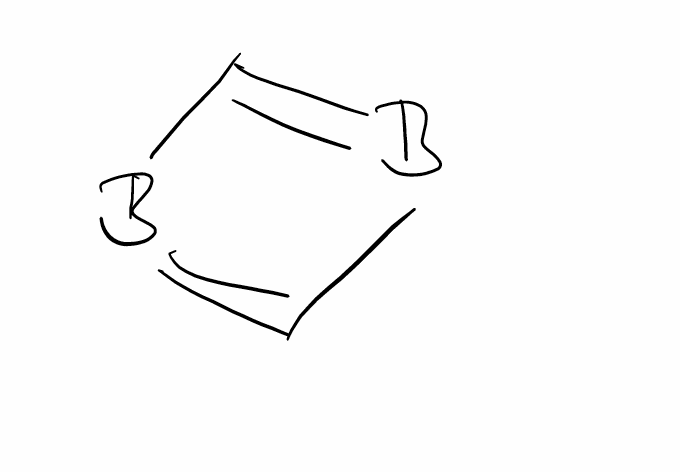
Simplified molecular-input line-entry system (SMILES) notation of the given molecule:
B1=CB=C1